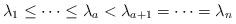
LaTeX: \begin{align*}\lambda_1\leq \cdots \leq \lambda_{a}<\lambda_{a+1}=\cdots=\lambda_n\end{align*}